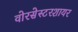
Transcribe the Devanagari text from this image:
वोरसेस्टरशायर